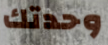
وحدتك